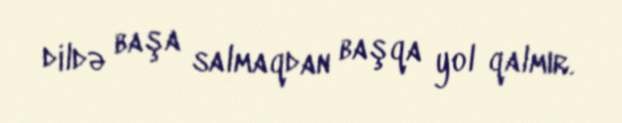
dildə başa salmaqdan başqa yol qalmır.